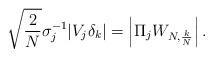
LaTeX: \begin{align*} \sqrt{\frac{2}{N}} \sigma_j^{-1} | V_j \delta_k | = \left| \Pi_j W_{N, \frac{k}{N}} \right| .\end{align*}